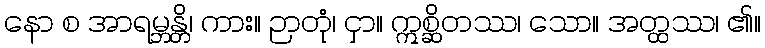
နော စ အာရမ္ဘန္တိ၊ ကား။ ဉာတုံ၊ ငှာ။ ဣစ္ဆိတဿ၊ သော။ အတ္ထဿ၊ ၏။